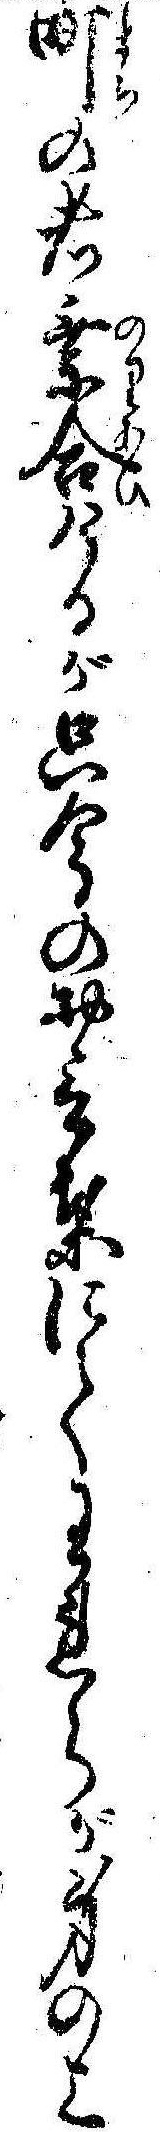
町の者乗合けるが只今のお言葉にてわれらが身の上